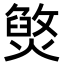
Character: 㷺